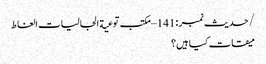
/حدیث نمبر :141 – مکتب توعیة الجالیات الغاط
میقات کیا ہیں؟